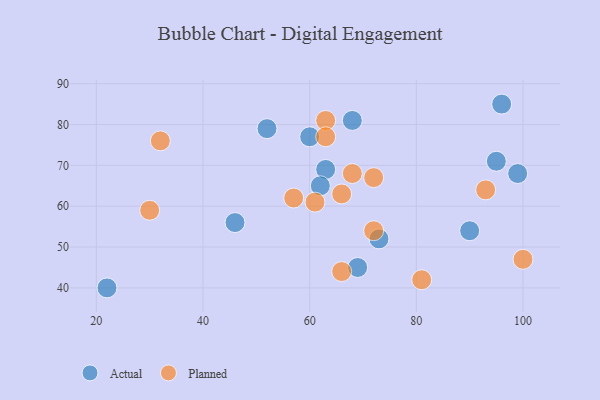
{"axis": {"x": "GDP", "y": "Life Expectancy"}, "legend": ["Actual", "Planned"], "data": [{"x": "52", "y": 79, "type": "Actual"}, {"x": "63", "y": 69, "type": "Actual"}, {"x": "46", "y": 56, "type": "Actual"}, {"x": "68", "y": 81, "type": "Actual"}, {"x": "73", "y": 52, "type": "Actual"}, {"x": "22", "y": 40, "type": "Actual"}, {"x": "90", "y": 54, "type": "Actual"}, {"x": "96", "y": 85, "type": "Actual"}, {"x": "69", "y": 45, "type": "Actual"}, {"x": "99", "y": 68, "type": "Actual"}, {"x": "60", "y": 77, "type": "Actual"}, {"x": "62", "y": 65, "type": "Actual"}, {"x": "95", "y": 71, "type": "Actual"}, {"x": "72", "y": 54, "type": "Planned"}, {"x": "81", "y": 42, "type": "Planned"}, {"x": "66", "y": 44, "type": "Planned"}, {"x": "63", "y": 81, "type": "Planned"}, {"x": "63", "y": 77, "type": "Planned"}, {"x": "93", "y": 64, "type": "Planned"}, {"x": "32", "y": 76, "type": "Planned"}, {"x": "72", "y": 67, "type": "Planned"}, {"x": "61", "y": 61, "type": "Planned"}, {"x": "100", "y": 47, "type": "Planned"}, {"x": "66", "y": 63, "type": "Planned"}, {"x": "30", "y": 59, "type": "Planned"}, {"x": "57", "y": 62, "type": "Planned"}, {"x": "68", "y": 68, "type": "Planned"}]}